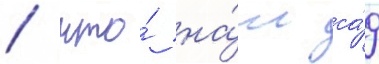
/ что́ на́ш са́д